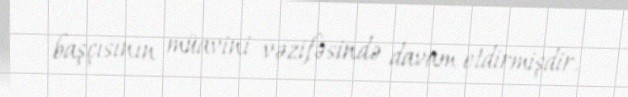
başçısının müavini vəzifəsində davam etdirmişdir.